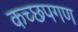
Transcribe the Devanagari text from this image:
कच्छपगण